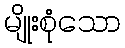
မျိုးစုံသော